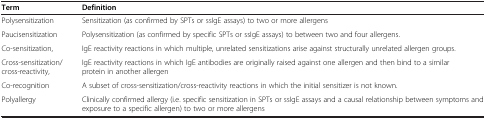
| Term | Definition |
 | --- | --- |
 | Polysensitization | Sensitization (as confirmed by SPTs or ssIgE assays) to two or more allergens |
 | Paucisensitization | Polysensitization (as confirmed by specific SPTs or ssIgE assays) to between two and four allergens. |
 | Co-sensitization, | IgE reactivity reactions in which multiple, unrelated sensitizations arise against structurally unrelated allergen groups. |
 | Cross-sensitization/cross-reactivity, | IgE reactivity reactions in which IgE antibodies are originally raised against one allergen and then bind to a similar protein in another allergen |
 | Co-recognition | A subset of cross-sensitization/cross-reactivity reactions in which the initial sensitizer is not known. |
 | Polyallergy | Clinically confirmed allergy (i.e. specific sensitization in SPTs or ssIgE assays and a causal relationship between symptoms and exposure to a specific allergen) to two or more allergens |